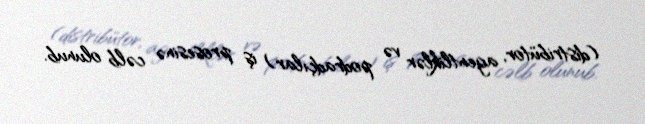
(distribütor, agentliklər və podradçılar) iş prosesinə cəlb olunub.